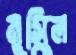
মুস্কিল